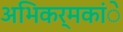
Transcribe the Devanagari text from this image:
अभिकर्मकांे